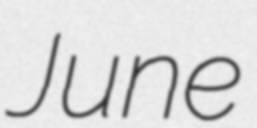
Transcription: June